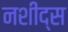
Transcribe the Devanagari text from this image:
नशीद्स